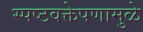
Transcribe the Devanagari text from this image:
स्पष्टवक्तेपणामुळे